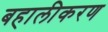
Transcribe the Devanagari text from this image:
बहालीकरण